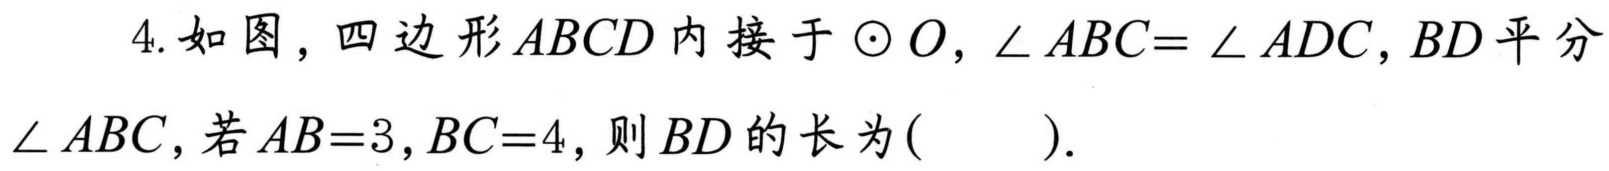
4. 如图，四边形\(ABCD\)内接于\(\odot O\)，\(\angle ABC = \angle ADC\)，\(BD\)平分\(\angle ABC\)，若\(AB = 3\)，\(BC = 4\)，则\(BD\)的长为( ).